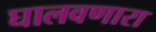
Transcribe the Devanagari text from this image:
घालवणारा